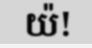
យ៉!